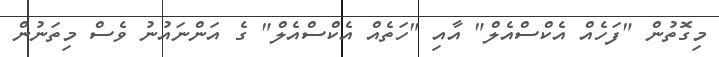
މިގޮތުން "ފަހެއް އެކްސްއެލް" އާއި "ހަތެއް އެކްސްއެލް" ގެ އަންނައުނު ވެސް މިތަނުން